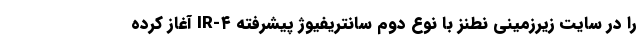
را در سایت زیرزمینی نطنز با نوع دوم سانتریفیوژ پیشرفته IR-۴ آغاز کرده